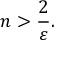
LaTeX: n > { \frac { 2 } { \varepsilon } } .